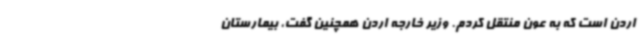
اردن است که به عون منتقل کردم. وزیر خارجه اردن همچنین گفت، بیمارستان